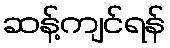
ဆန့်ကျင်ရန်